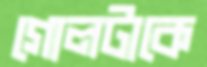
গোলটাকে